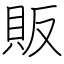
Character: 販